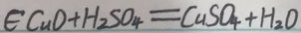
\epsilon C u O + H _ { 2 } S O _ { 4 } = C u S O _ { 4 } + H _ { 2 } O